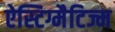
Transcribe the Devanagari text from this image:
ऐस्टिग्मैटिज्म